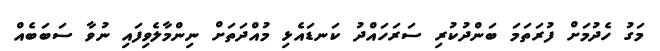
މަގު ހެދުމަށް ފުރަތަމަ ބަންދުކުރި ސަރަހައްދު ކަނޑައެޅި މުއްދަތަށް ނިންމާލެވިފައި ނުވާ ސަބަބެއް